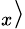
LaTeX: _x\rangle